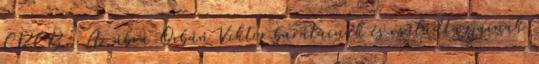
CRCB : Az ábra Orbán Viktor barátainak és családtagjainak